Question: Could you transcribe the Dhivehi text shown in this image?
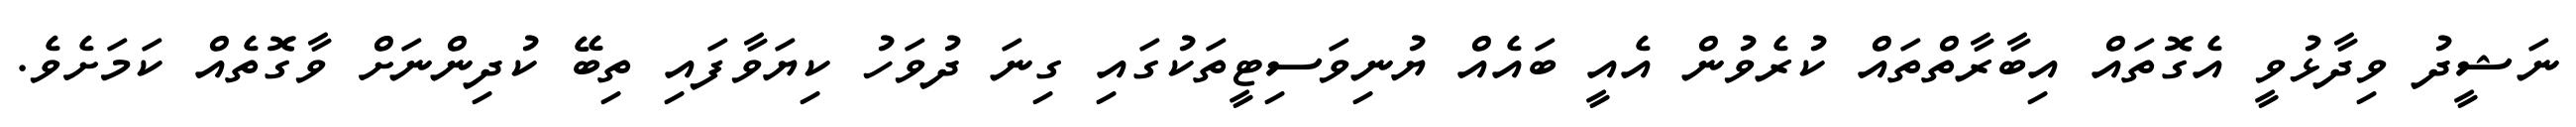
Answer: ނަޝީދު ވިދާޅުވީ އެގޮތައް އިބާރާތްތައް ކުރެވުން އެއީ ބައެއް ޔުނިވަސިޓީތަކުގައި ގިނަ ދުވަހު ކިޔަވާފައި ތިބޭ ކުދިންނަށް ވާގޮތެއް ކަމަށެވެ.